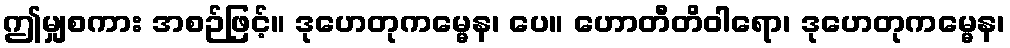
ဤမျှစကား အစဉ်ဖြင့်။ ဒုဟေတုကမ္မေန၊ ပေ။ ဟောတီတိဝါရော၊ ဒုဟေတုကမ္မေန၊